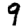
Digit: 9